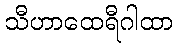
သီဟာထေရီဂါထာ